Cultivation of the bacillus of leprosy and the treatment of cases by means of a vaccine prepared from the cultivations - Number 42
Disease focus: Leprosy
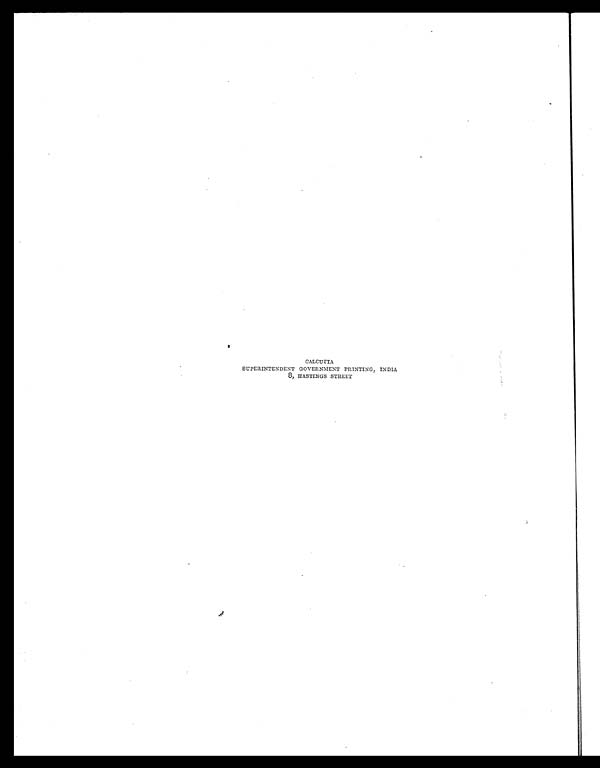
CALCUTTA
SUPERINTENDENT GOVERNMENT PRINTING, INDIA
8, HASTINGS STREET